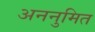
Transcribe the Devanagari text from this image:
अननुमित